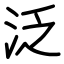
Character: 泛